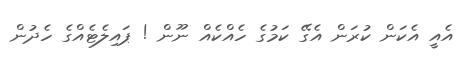
އެއީ އެކަން ކުރަން އެގޭ ކަމުގެ ހެއްކެއް ނޫން ! ޕައިލެޓެއްގެ ހެދުން